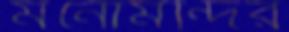
মনোমন্দির